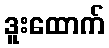
ဒူးထောက်